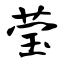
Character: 莹